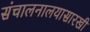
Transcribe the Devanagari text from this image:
संचालनालयासारखी